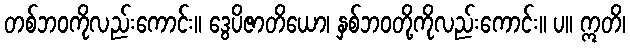
တစ်ဘဝကိုလည်းကောင်း။ ဒွေပိဇာတိယော၊ နှစ်ဘဝတို့ကိုလည်းကောင်း။ ပ။ ဣတိ၊